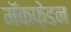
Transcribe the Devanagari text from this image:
मॅकफ़ेडन